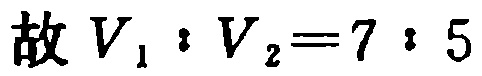
故 \(V_{1}:V_{2}=7:5\)